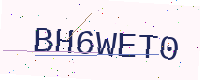
Text: BH6WET0